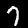
Digit: 7